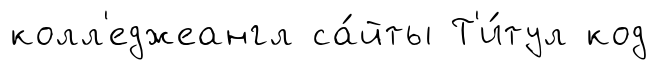
колл'еджеангл са́йты Т'и́тул код